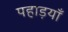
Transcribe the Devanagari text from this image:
पहाड़याँ